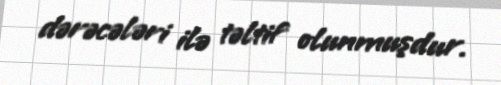
dərəcələri ilə təltif olunmuşdur.